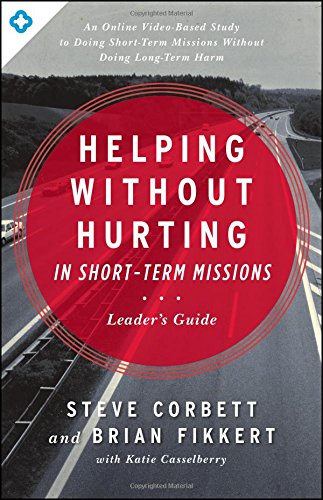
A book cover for Helping Without Hurting in Short-Term Missions: Leader's Guide; Steve Corbett; Christian Books & Bibles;